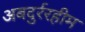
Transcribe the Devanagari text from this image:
अबदुर्ररहीम